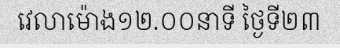
វេលាម៉ោង១២.០០នាទី ថ្ងៃទី២៣